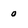
Character: 0